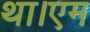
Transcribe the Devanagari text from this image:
था।एम